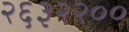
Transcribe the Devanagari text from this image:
२६३२२००